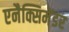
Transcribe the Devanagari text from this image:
एनैक्सिमेंडर